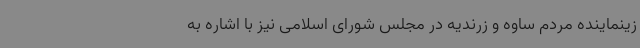
زینماینده مردم ساوه و زرندیه در مجلس شورای اسلامی نیز با اشاره به